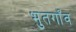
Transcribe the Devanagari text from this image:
भुतगाँव